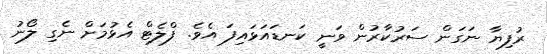
ރުފިޔާ ނަގަން ސަރުކާރުން ވަނީ ކަނޑައަޅައިފަ އެވެ. ފްލެޓް އެޅުމަށް ނެގި ލޯނު